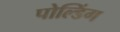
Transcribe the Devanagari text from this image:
पोल्डिंग